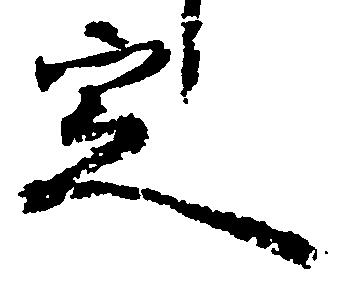
定